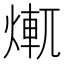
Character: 𤍆